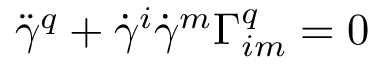
{ \ddot { \gamma } } ^ { q } + { \dot { \gamma } } ^ { i } { \dot { \gamma } } ^ { m } \Gamma _ { i m } ^ { q } = 0